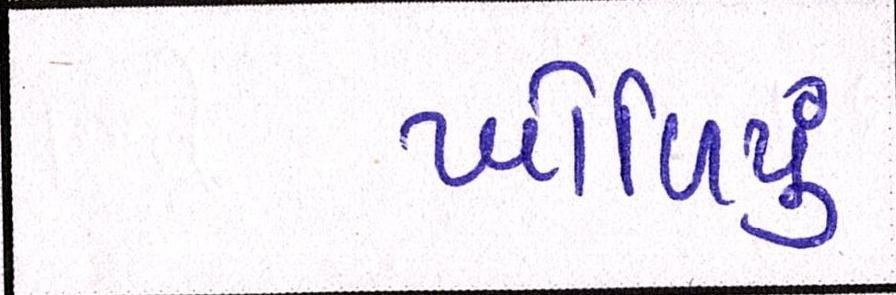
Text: ખોળિયું